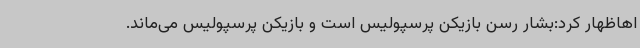
اهاظهار کرد:بشار رسن بازیکن پرسپولیس است و بازیکن پرسپولیس می‌ماند.